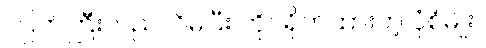
ကြက်ကြီးလည်လိမ်ပြီး ကိုင်ရိုက်ထားတဲ့ ပုံစံမျိုး။